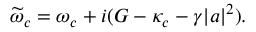
\widetilde { \omega } _ { c } = \omega _ { c } + i ( G - \kappa _ { c } - \gamma | a | ^ { 2 } ) .